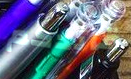
قائدكم